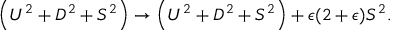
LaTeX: \left( U ^ { 2 } + D ^ { 2 } + S ^ { 2 } \right) \to \left( U ^ { 2 } + D ^ { 2 } + S ^ { 2 } \right) + \epsilon ( 2 + \epsilon ) S ^ { 2 } .